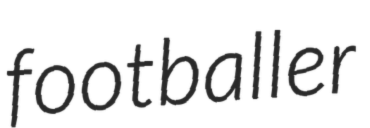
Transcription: footballer